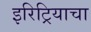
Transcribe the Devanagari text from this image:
इरिट्रियाचा